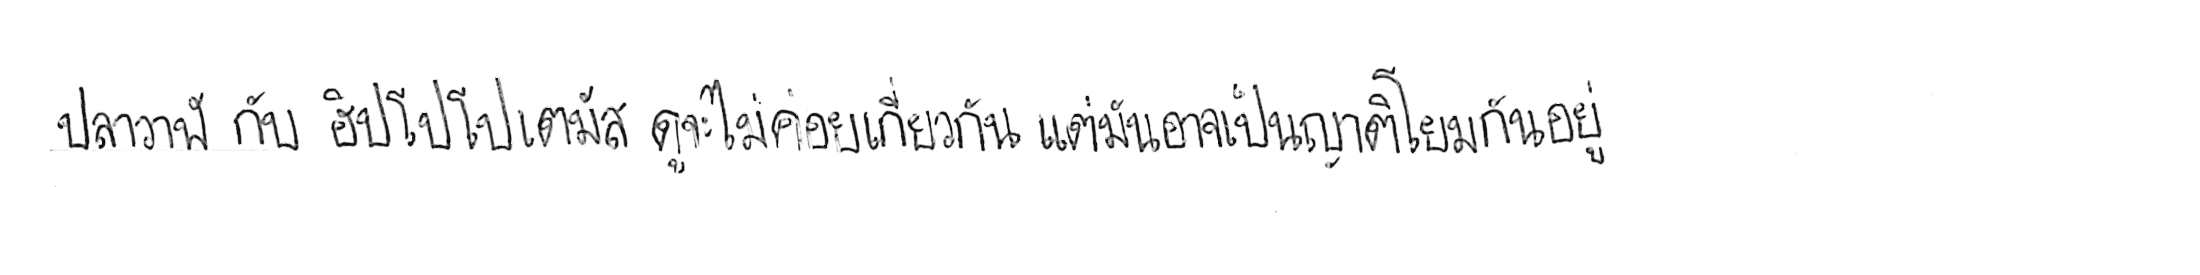
ปลาวาฬ กับ ฮิปโปโปเตมัส ดูจะไม่ค่อยเกี่ยวกัน แต่มันอาจเป็นญาติโยมกันอยู่